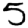
Digit: 5